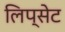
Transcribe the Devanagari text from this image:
लिप्सेट